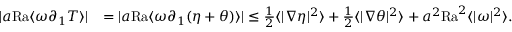
\begin{array} { r l } { | a \mathrm { { R a } } \langle \omega \partial _ { 1 } T \rangle | } & { = | a { \mathrm { R a } } \langle \omega \partial _ { 1 } ( \eta + \theta ) \rangle | \leq \frac { 1 } { 2 } \langle | \nabla \eta | ^ { 2 } \rangle + \frac { 1 } { 2 } \langle | \nabla \theta | ^ { 2 } \rangle + a ^ { 2 } \mathrm { { R a } } ^ { 2 } \langle | \omega | ^ { 2 } \rangle . } \end{array}